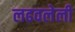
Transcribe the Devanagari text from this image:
लढवलेली